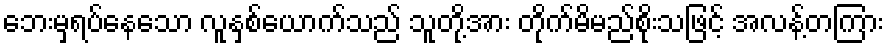
ဘေးမှရပ်နေသော လူနှစ်ယောက်သည် သူတို့အား တိုက်မိမည်စိုးသဖြင့် အလန့်တကြား